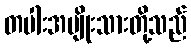
တပါးအမျိုးသားတို့သည်